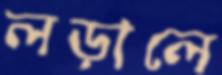
লড়ালে